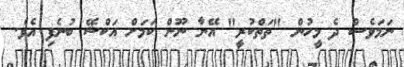
ނަމަވެސް ދެ މީހުން "ތަތްކުރީ" އޭނާ ނޫން ކަމަށް އަކްޝޭ ބުނެފި އެވެ.